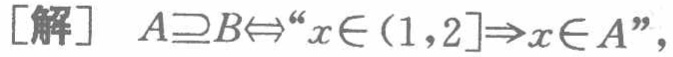
[解] \(A\supseteq B\Leftrightarrow “x\in(1,2]\Rightarrow x\in A”\)